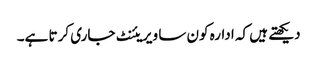
دیکھتے ہیں کہ ادارہ کون سا ویریئنٹ جاری کرتا ہے۔